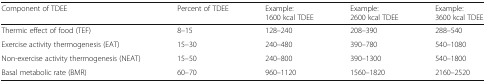
<table><thead><tr><td><b>Component of TDEE</b></td><td><b>Percent of TDEE</b></td><td><b>Example:1600 kcal TDEE</b></td><td><b>Example:2600 kcal TDEE</b></td><td><b>Example:3600 kcal TDEE</b></td></tr></thead><tbody><tr><td>Thermic effect of food (TEF)</td><td>8–15</td><td>128–240</td><td>208–390</td><td>288–540</td></tr><tr><td>Exercise activity thermogenesis (EAT)</td><td>15–30</td><td>240–480</td><td>390–780</td><td>540–1080</td></tr><tr><td>Non-exercise activity thermogenesis (NEAT)</td><td>15–50</td><td>240–800</td><td>390–1300</td><td>540–1800</td></tr><tr><td>Basal metabolic rate (BMR)</td><td>60–70</td><td>960–1120</td><td>1560–1820</td><td>2160–2520</td></tr></tbody></table>